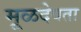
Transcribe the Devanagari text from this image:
मूळदेवता